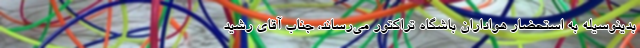
بدینوسیله به استحضار هواداران باشگاه تراکتور می‌رساند، جناب آقای رشید